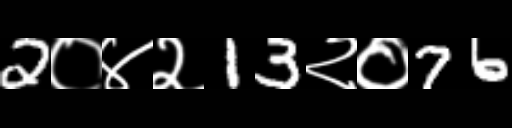
Text: 2०४२13२०76